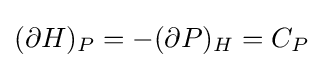
(\partial H)_{P}=-(\partial P)_{H}=C_{P}